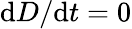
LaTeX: {\mathrm{d}}D/{\mathrm{d}}t=0